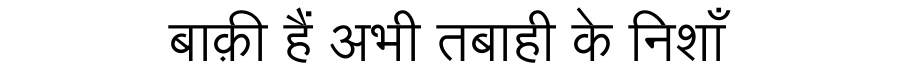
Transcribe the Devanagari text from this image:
बाक़ी हैं अभी तबाही के निशाँ